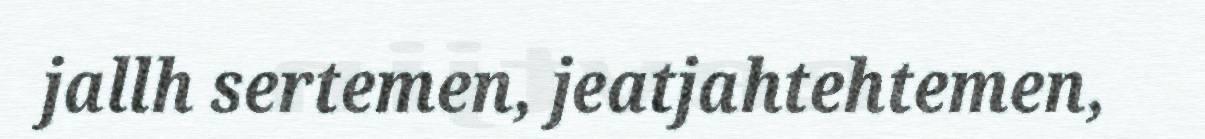
jallh sertemen, jeatjahtehtemen,